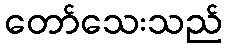
တော်သေးသည်